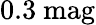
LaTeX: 0.3{\mathrm{~mag}}